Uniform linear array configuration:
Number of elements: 24
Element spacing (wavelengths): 1
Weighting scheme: hamming
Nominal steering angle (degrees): -15
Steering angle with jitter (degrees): -14.918
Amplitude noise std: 0.05
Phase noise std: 0.05

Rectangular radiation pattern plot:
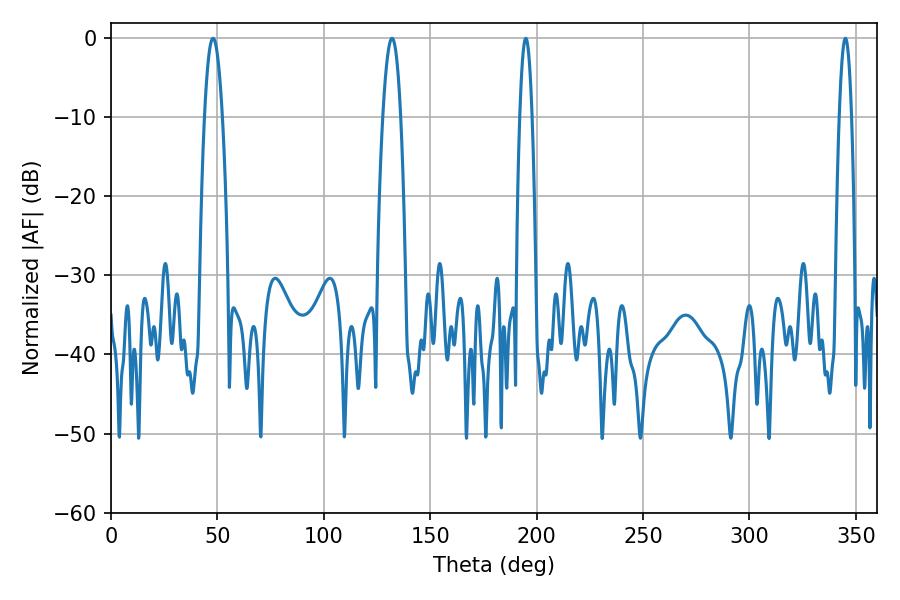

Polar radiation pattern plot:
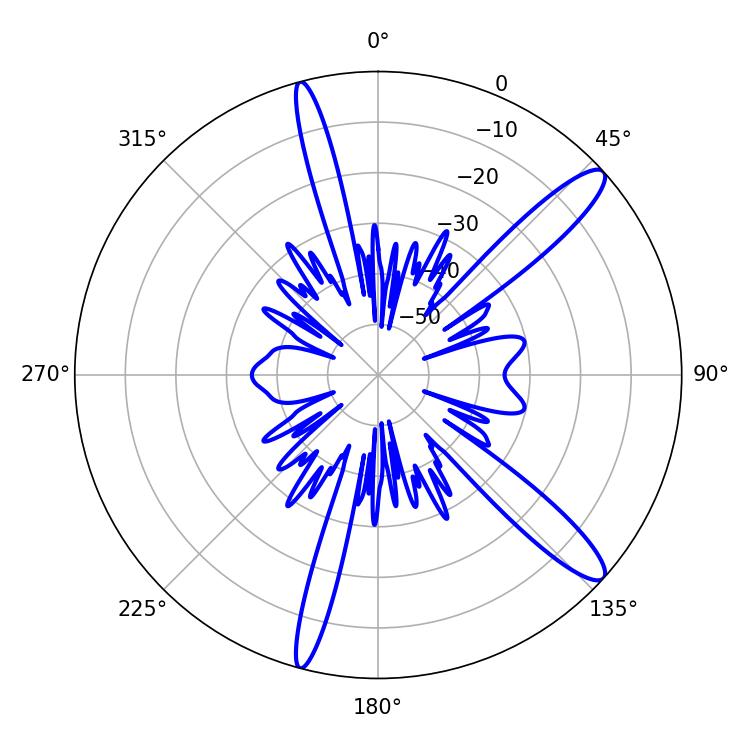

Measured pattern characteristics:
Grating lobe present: TRUE
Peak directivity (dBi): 13.058
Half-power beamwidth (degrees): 3.24
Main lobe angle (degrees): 345.06